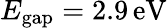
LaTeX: E_{\mathrm{gap}}=2.9\, \mathrm{eV}